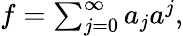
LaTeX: \begin{array}{r}{f=\sum_{j=0}^{\infty}a_{j}a^{j},}\end{array}